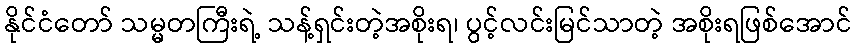
နိုင်ငံတော် သမ္မတကြီးရဲ့ သန့်ရှင်းတဲ့အစိုးရ၊ ပွင့်လင်းမြင်သာတဲ့ အစိုးရဖြစ်အောင်